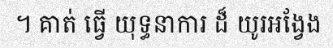
។ គាត់ ធ្វើ យុទ្ធនាការ ដ៏ យូរអង្វែង